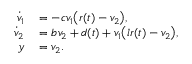
\begin{array} { r l } { \dot { v } _ { 1 } } & { { } = - c v _ { 1 } \big ( r ( t ) - v _ { 2 } \big ) , } \\ { \dot { v } _ { 2 } } & { { } = b v _ { 2 } + d ( t ) + v _ { 1 } \big ( l r ( t ) - v _ { 2 } \big ) , } \\ { y } & { { } = v _ { 2 } . } \end{array}